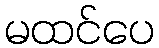
မထင်ပေ